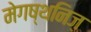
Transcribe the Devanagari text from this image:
मेगष्थनिज़